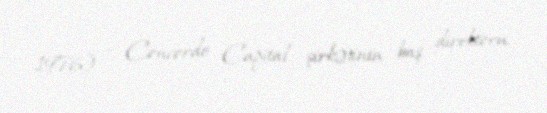
1976) — Concorde Capital şirkətinin baş direktoru.